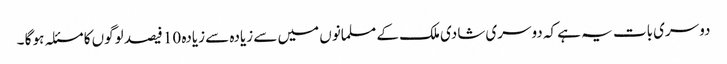
دوسری بات یہ ہے کہ دوسری شادی ملک کے مسلمانوں میں سے زیادہ سے زیادہ 10 فیصد لوگوں کا مسئلہ ہو گا ۔